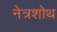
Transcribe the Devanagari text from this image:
नेत्रशोथ